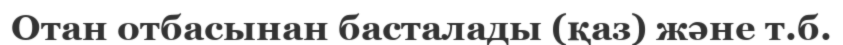
Отан отбасынан басталады (қаз) және т.б.